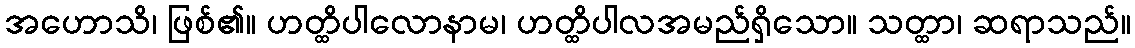
အဟောသိ၊ ဖြစ်၏။ ဟတ္ထိပါလောနာမ၊ ဟတ္ထိပါလအမည်ရှိသော။ သတ္ထာ၊ ဆရာသည်။